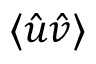
\langle \hat { u } \hat { v } \rangle